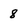
Character: 8